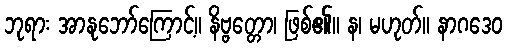
ဘုရား အာနုဘော်ကြောင့်။ နိဗ္ဗတ္တော၊ ဖြစ်၏။ န၊ မဟုတ်။ နာဂဒေဝ